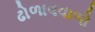
ઢોળાવવાળો